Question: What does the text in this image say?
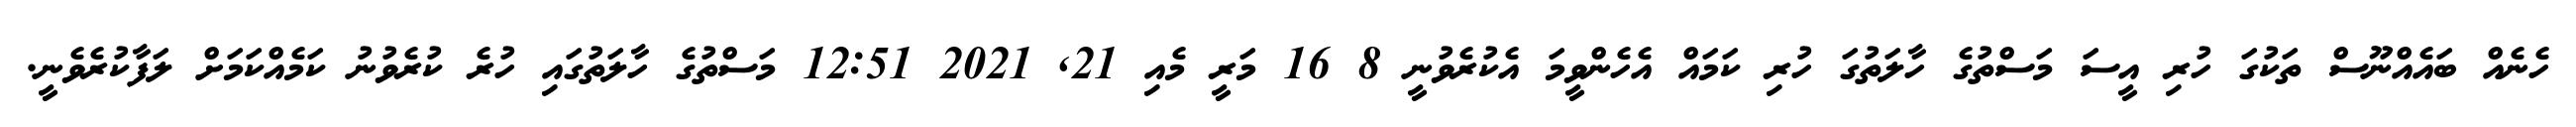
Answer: ހެނެއް ބައެއްނޫސް ތަކުގަ ހުރި އީސަ މަސްތުގެ ހާލަތުގަ ހުރި ކަމައް އެހެންވީމަ އެކުރެވުނީ 8 16 މަރީ މެއި 21, 2021 12:51 މަސްތުގެ ހާލަތުގައި ހުރެ ކުރެވުނު ކަމެއްކަމަށް ލަފާކުރެވެނީ.